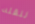
لنقله